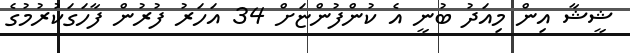
ޝީޝާ އިން މިއަދު ބުނީ އެ ކުންފުންޏަށް 34 އަހަރު ފުރުން ފާހަގަކުރުމުގެ